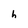
Character: h